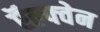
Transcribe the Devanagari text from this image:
ऍल्फ्वेन